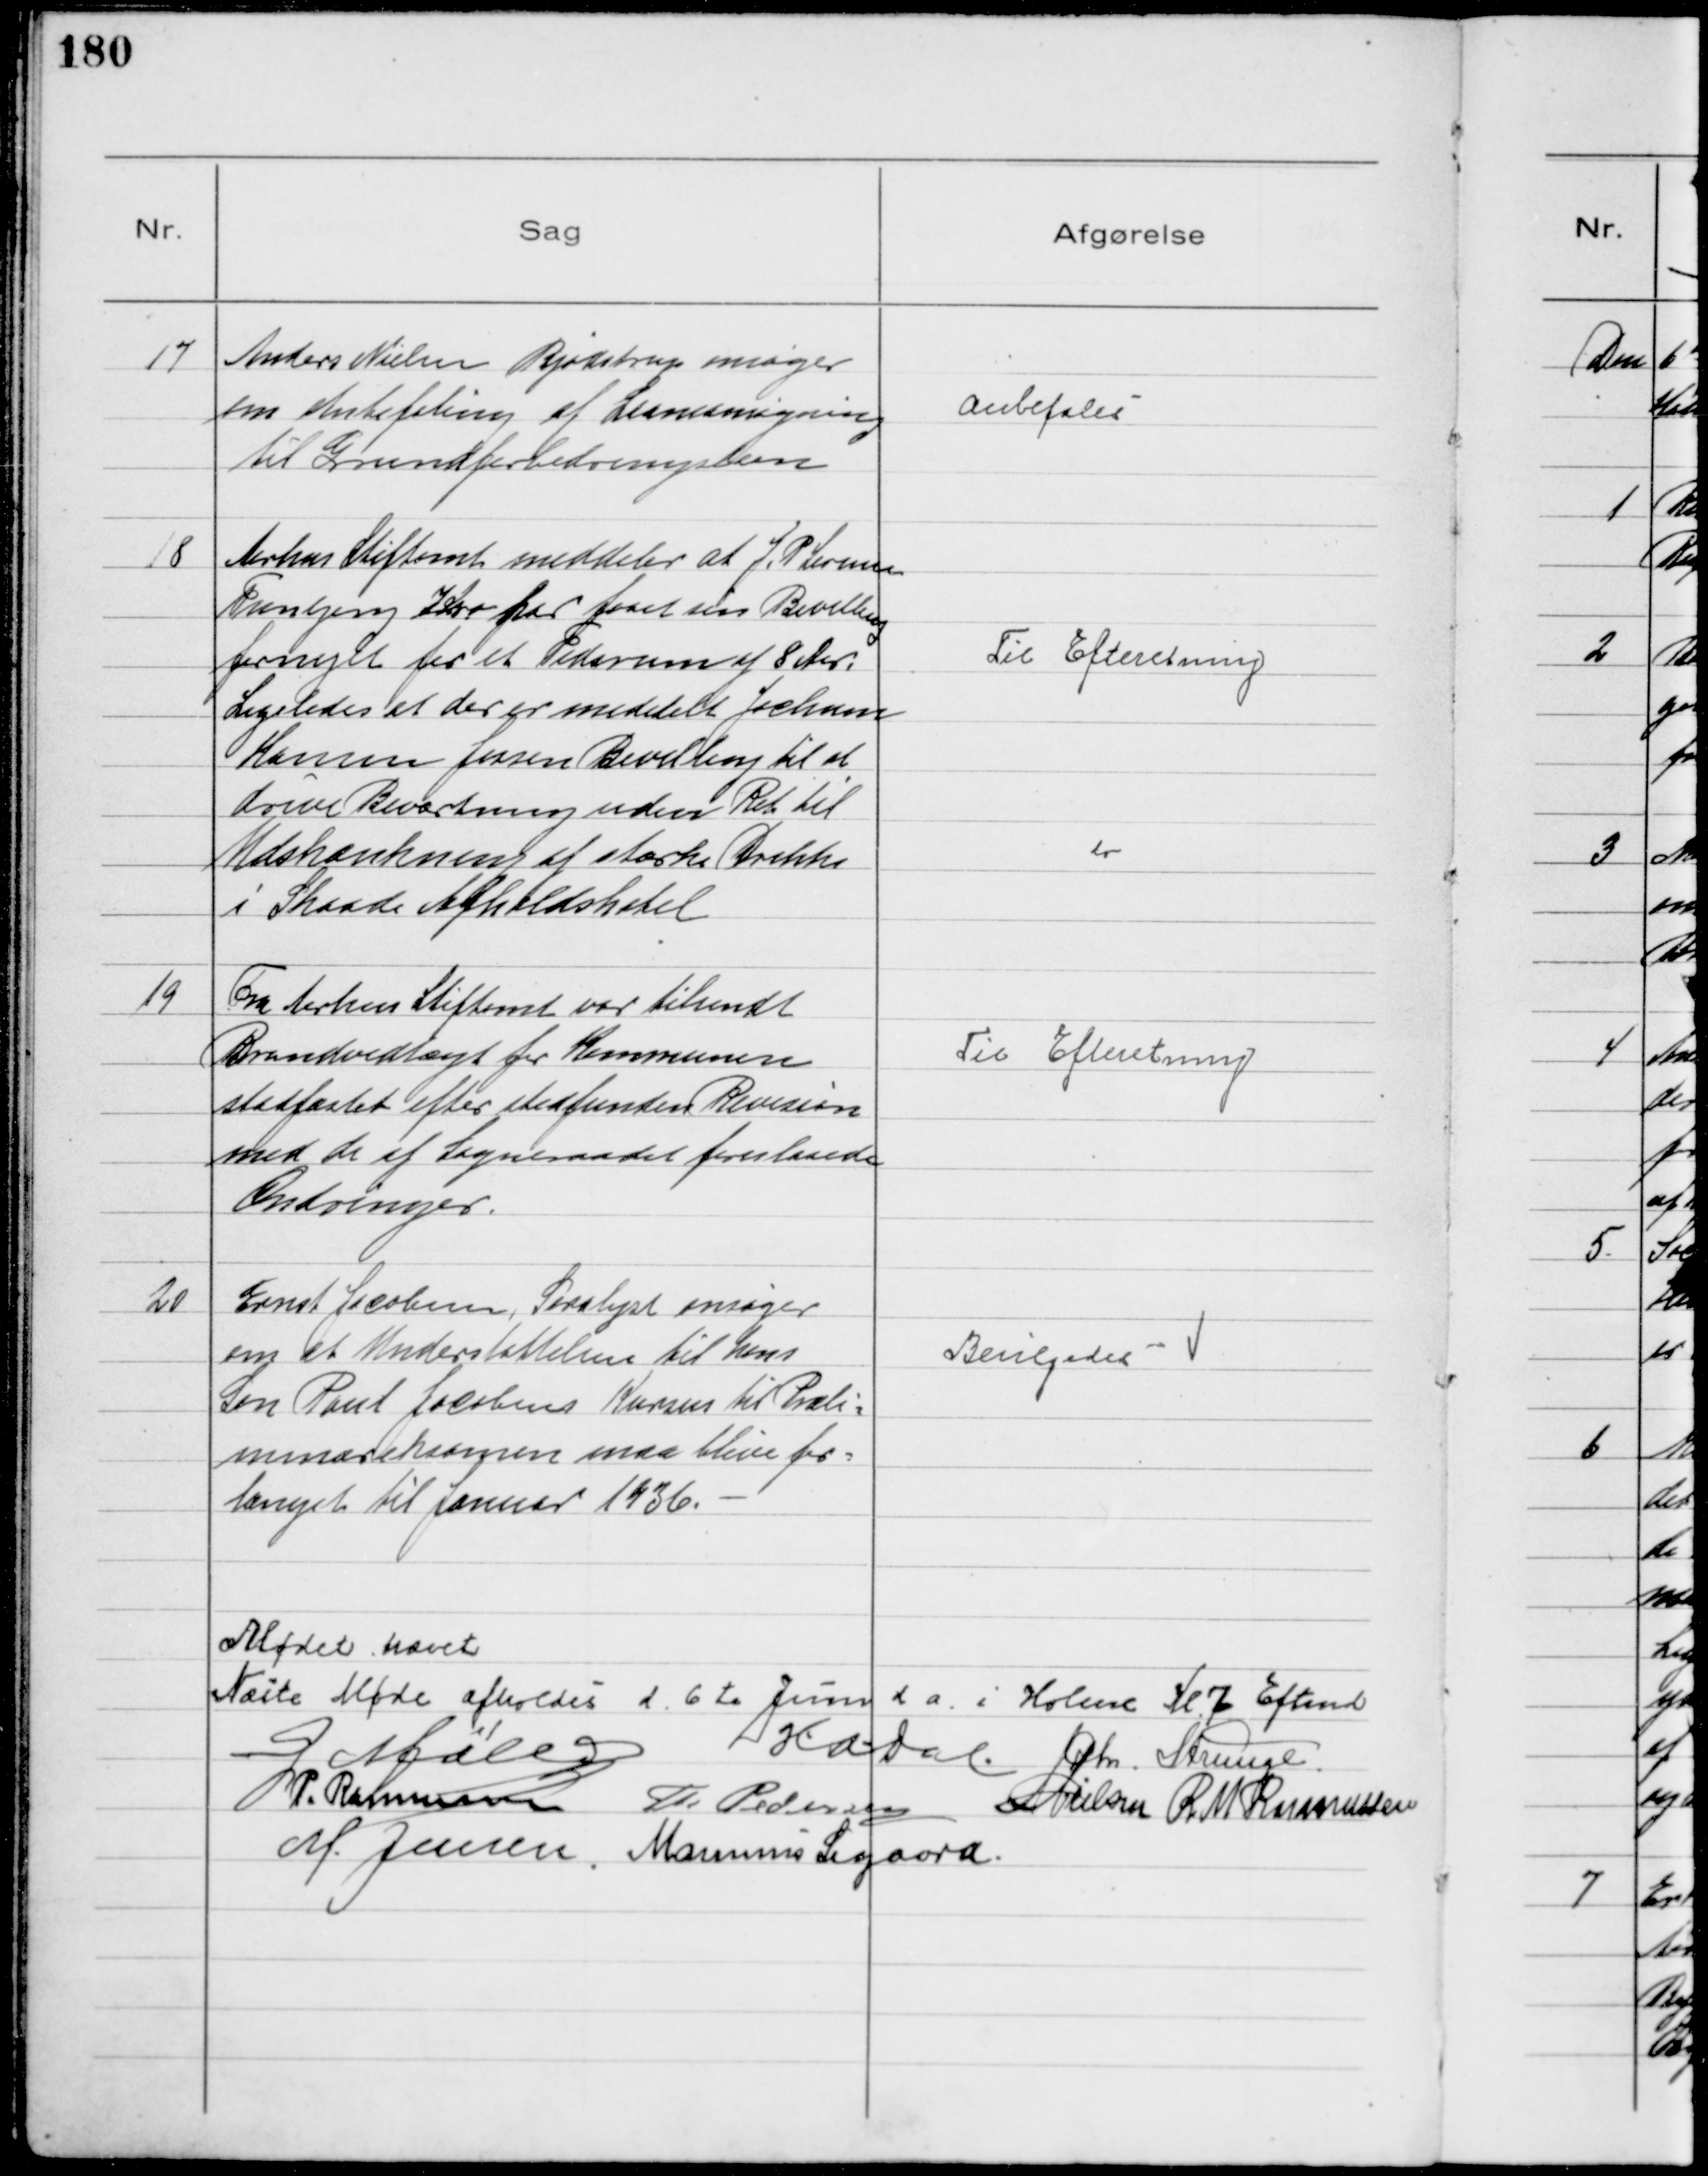
Transskription:
17
Anders Nielsen Bjødstrup ansøger
om Anbefaling af Laaneansøgning
til Grundforbedringslaan

Anbefales

18
Aarhus Stiftamt meddeler at J. P Sørensen
Tranbjerg Kro har faaet sin Bevilling
fornyet for et Tidsrum af 8 Aar.
Til Efteretning
Ligeledes at der er meddelt Jochum
Hansen Jessen Bevilling til at
drive Beværtning uden Ret til
Udskænkning af stærke Drikke
i Skaade Afholdshotel
do

19
Fra Aarhus Stiftamt var tilsendt
Brandvedtægt for Kommunen
stadfæstet efter stedfunden Revision
med de af Sogneraadet foreslaaede
Ændringer.

Til Efteretning

20
Ernst Jacobsen, Saralyst ansøger
om at Understøttelsen til hans
Søn Poul Jacobsens Kursus til Præli=
minæreksamen maa blive for=
længet til Januar 1936.

Bevilgedes

Mødet hævet
Næste Møde afholdes d. 6te Juni d a. i Holme Kl 7 Eftmd
G Møller H.A. Dal Chr. Strunge.
P. Rasmussen Th Pedersen N Nielsen R M Rasmussen
M. Jensen. Marinus Sigaard.